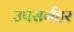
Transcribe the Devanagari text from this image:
उपसर्गहर